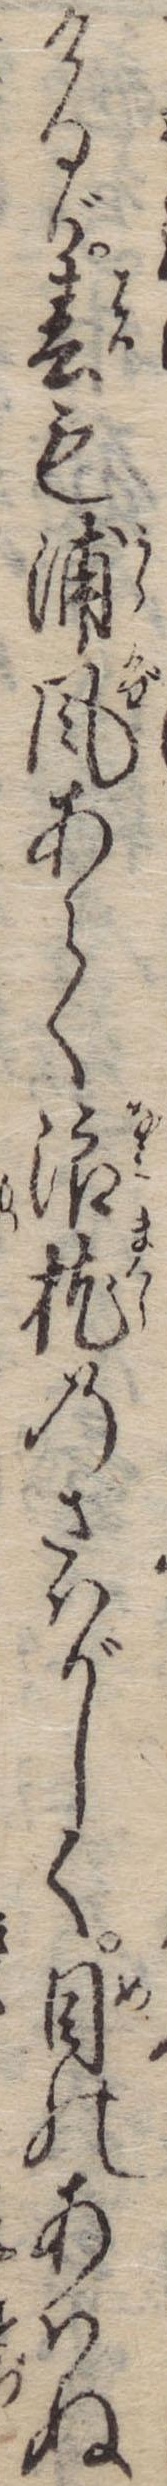
けるが春も浦風あらく浪枕のさはがしく目のあはぬ